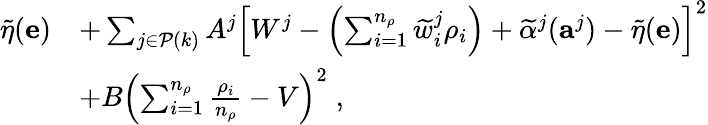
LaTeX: \begin{array}{rl}{\widetilde{\eta}(\mathbf{e})}&{+\sum_{j\in\mathcal{P}(k)}A^{j}\left[W^{j}-\left(\sum_{i=1}^{n_{\rho}}\widetilde{w}_{i}^{j}\rho_{i}\right)+\widetilde{\alpha}^{j}(\mathbf{a}^{j})-\widetilde{\eta}(\mathbf{e})\right]^{2}}\\ &{+B\left(\sum_{i=1}^{n_{\rho}}\frac{\rho_{i}}{n_{\rho}}-V\right)^{2}\; ,}\end{array}